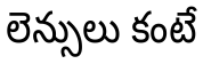
లెన్సులు కంటే